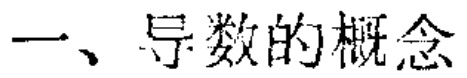
一、导数的概念